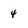
Character: 4